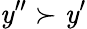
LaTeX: \mathit{y}^{\prime\prime}\succ\mathit{y}^{\prime}